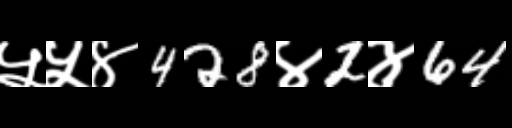
Text: ५५४428४2४64